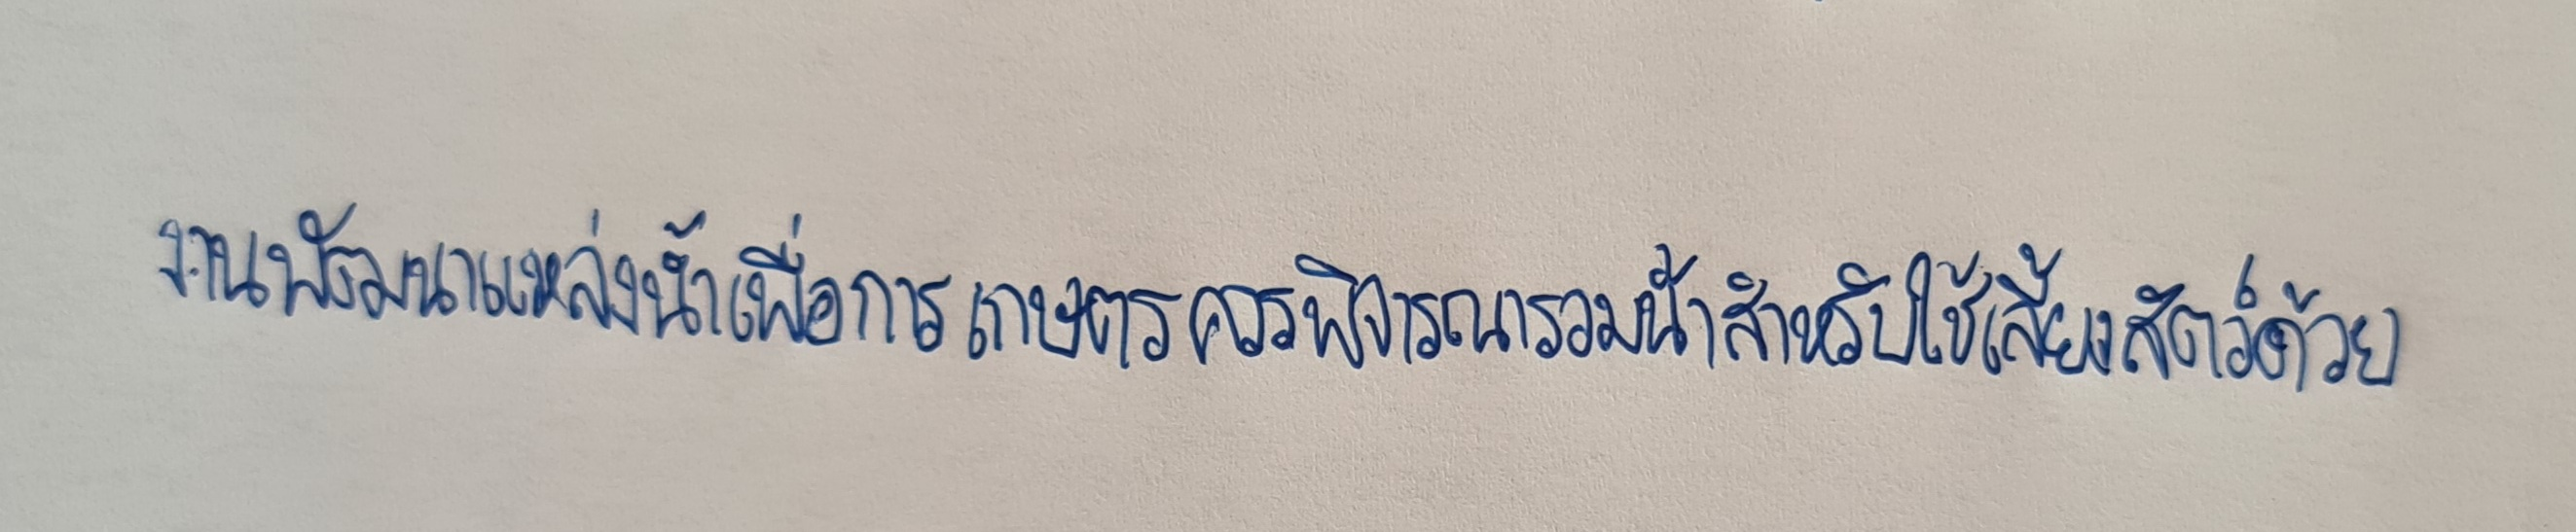
งานพัฒนาแหล่งน้ำเพื่อการเกษตรควรพิจารณารวมน้ำสำหรับใช้เลี้ยงสัตว์ด้วย